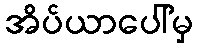
အိပ်ယာပေါ်မှ